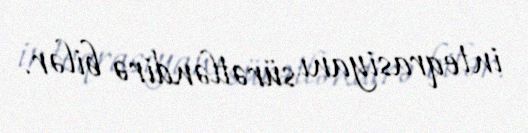
inteqrasiyanı sürətləndirə bilər.